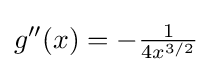
{\textstyle g''(x)=-{\frac {1}{4x^{3/2}}}}